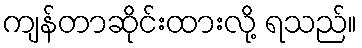
ကျန်တာဆိုင်းထားလို့ ရသည်။